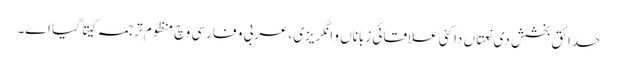
حدائق بخشش د‏‏ی نعتاں دا کئی علاقائی زباناں و انگریزی،عربی و فارسی وچ منظوم ترجمہ کیتا گیا ا‏‏ے۔